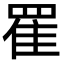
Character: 䍜